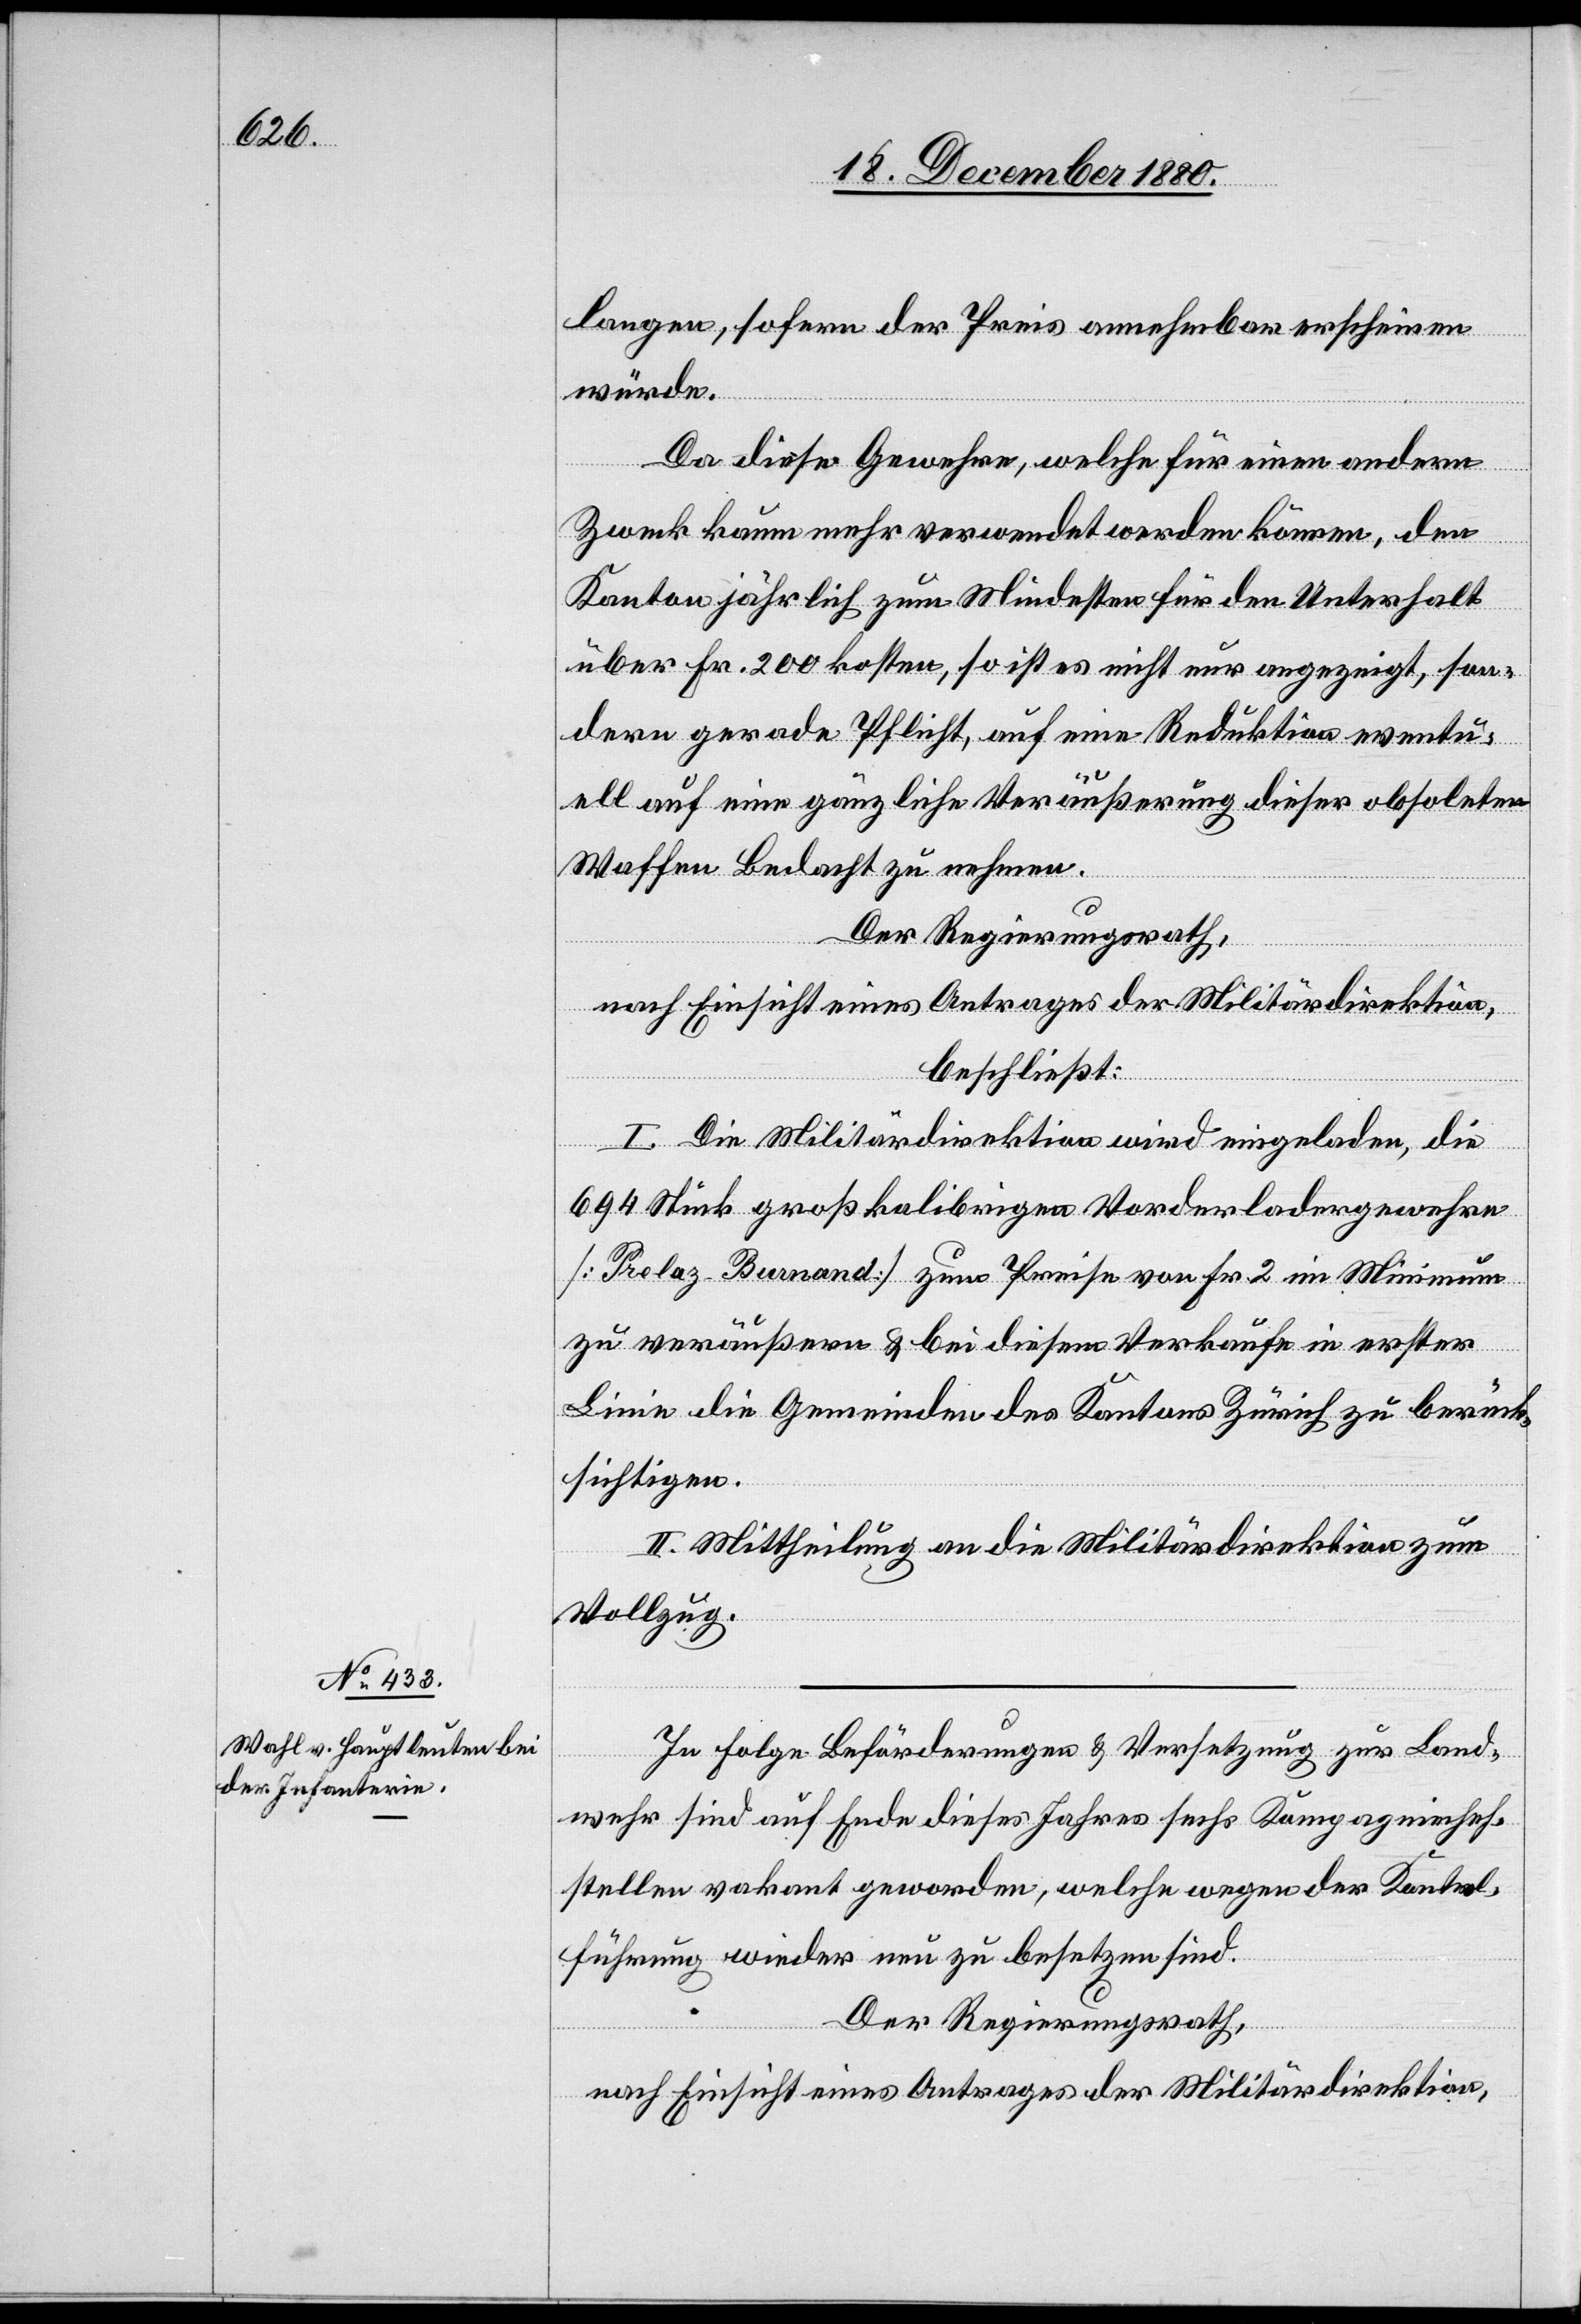
langen, sofern der Preis annehmbar erschienen
würde.
Da diese Gewehre, welche für einen andern
Zweck kaum mehr verwendet werden können, den
Kanton jährlich zum Mindesten für den Unterhalt
über Fr. 200 kosten, so ist es nicht nur angezeigt, son¬
dern gerade Pflicht auf eine Reduktion eventu¬
ell auf eine gänzliche Veräußerung dieser obsoleten
Waffen Bedacht zu nehmen.
Der Regierungsrath,
nach Einsicht eines Antrages der Militärdirektion,
beschließt:
I. Die Militärdirektion wird eingeladen, die
694 Stück großkalibrigen Vorderladergewehre
[Prelaz-Bunand] zum Preise von Fr. 2 im Minimum
zu veräußern & bei diesem Verkaufe in erster
Linie die Gemeinden des Kantons Zürich zu berück¬
sichtigen.
II. Mittheilung an die Militärdirektion zum
Vollzug.
In Folge Beförderungen & Versetzung zur Land¬
wehr sind auf Ende dieses Jahres sechs Kompagniechef¬
stellen vakant geworden, welche wegen der Kontrol¬
führung wieder neu zu besetzen sind.
Der Regierungsrath,
nach Einsicht eines Antrages der Militärdirektion,